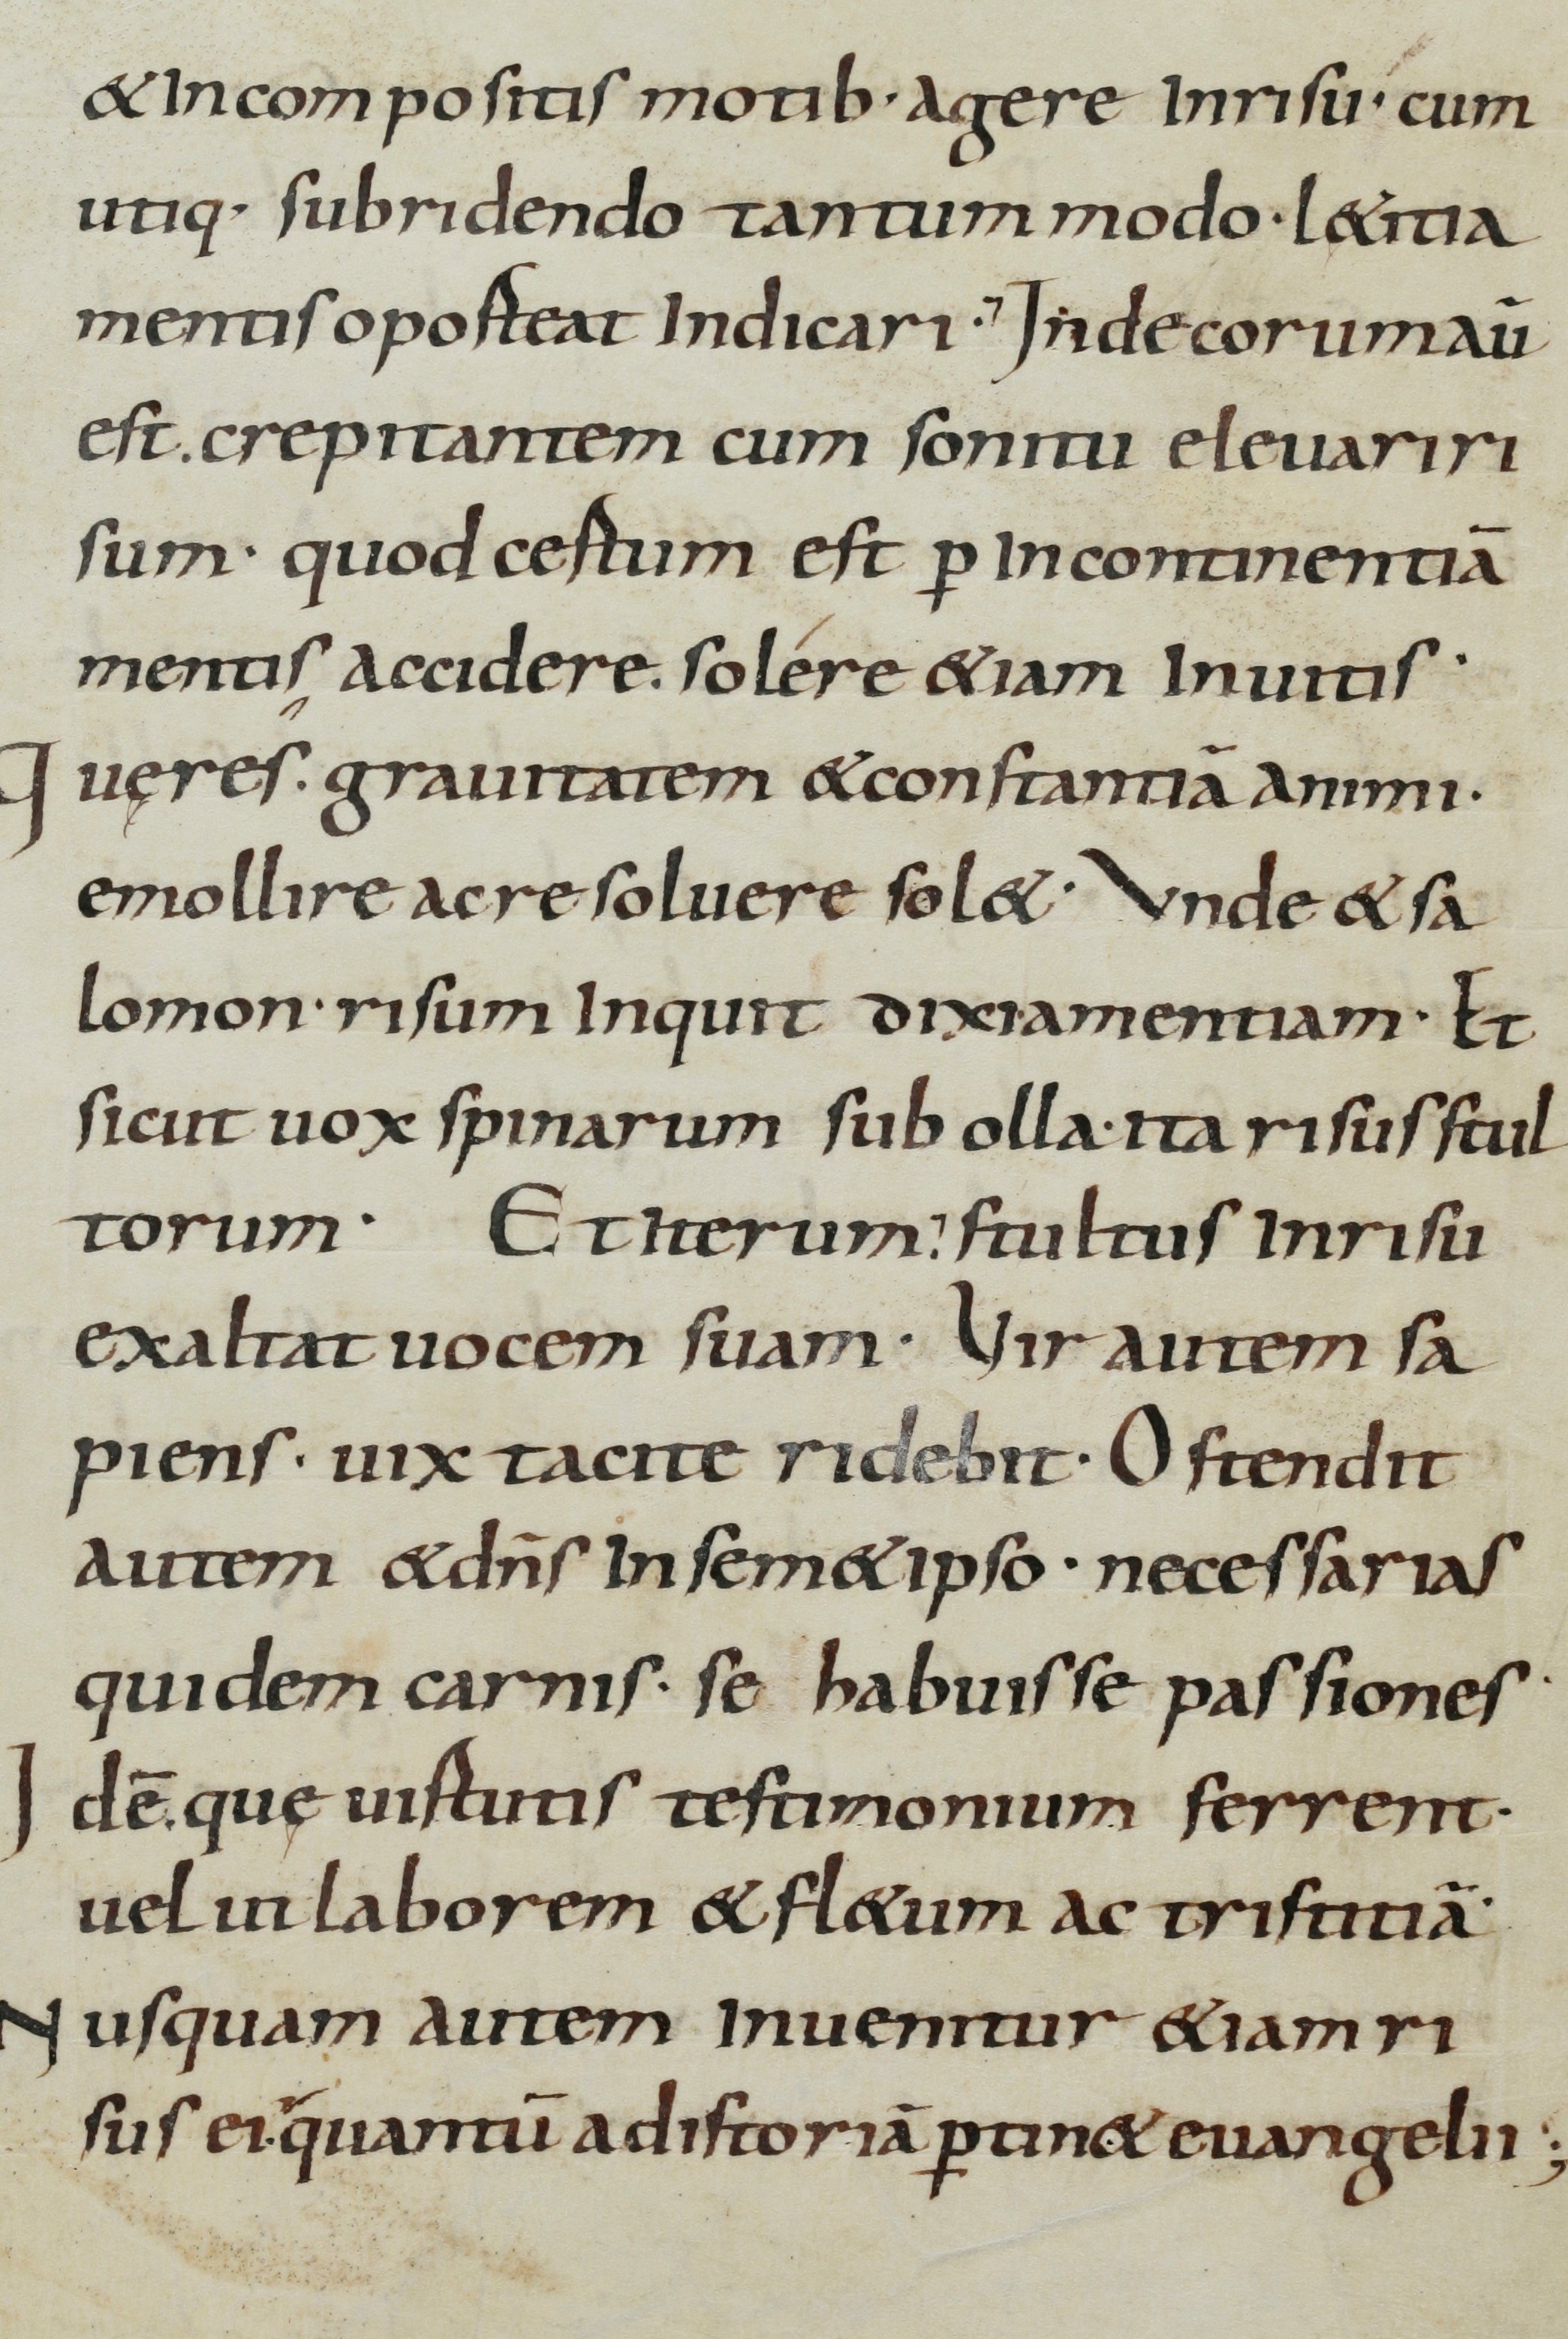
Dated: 800–899